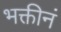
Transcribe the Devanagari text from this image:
भक्तीनं